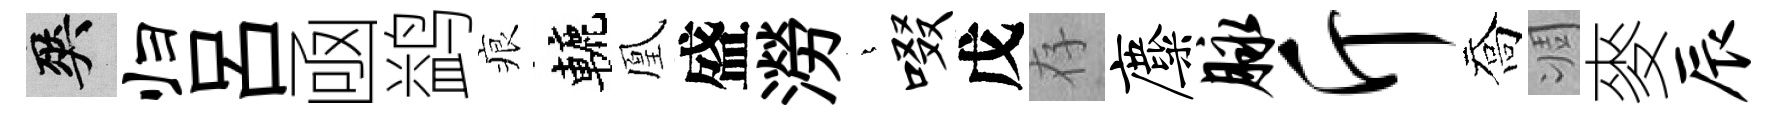
爽归呂凾鹢痕轆凰盛澇燁啜戊存麋脉斤喬凋麥辰